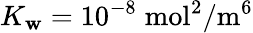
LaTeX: K_{\mathbf{w}}=10^{-8}\; \mathrm{{mol}}^{2}/\mathrm{{m}}^{6}